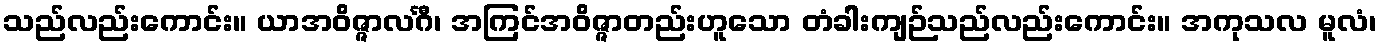
သည်လည်းကောင်း။ ယာအဝိဇ္ဇာလင်္ဂီ၊ အကြင်အဝိဇ္ဇာတည်းဟူသော တံခါးကျဉ်သည်လည်းကောင်း။ အကုသလ မူလံ၊